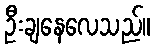
ဦးချနေလေသည်။